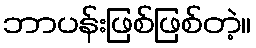
ဘာပန်းဖြစ်ဖြစ်တဲ့။